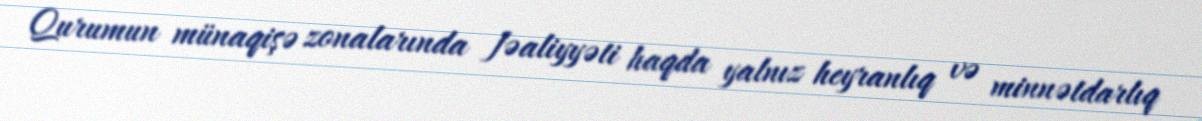
Qurumun münaqişə zonalarında fəaliyyəti haqda yalnız heyranlıq və minnətdarlıq